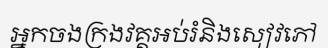
អ្នកចងក្រងវគ្គអប់រំនិងសៀវភៅ